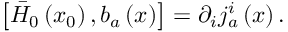
\left[ \bar { H } _ { 0 } \left( x _ { 0 } \right) , b _ { a } \left( x \right) \right] = \partial _ { i } j _ { a } ^ { i } \left( x \right) .